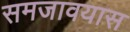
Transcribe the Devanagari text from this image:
समजावयास